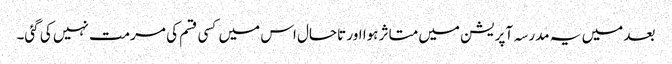
بعد میں یہ مدرسہ آپریشن میں متاثر ہوا اور تاحال اس میں کسی قسم کی مرمت نہیں کی گئی۔